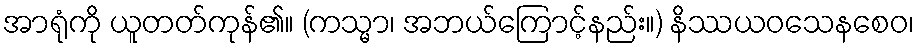
အာရုံကို ယူတတ်ကုန်၏။ (ကသ္မာ၊ အဘယ်ကြောင့်နည်း။) နိဿယဝသေနစေဝ၊